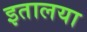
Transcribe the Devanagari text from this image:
इतालया